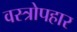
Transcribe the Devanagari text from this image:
वस्त्रोपहार